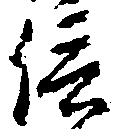
信